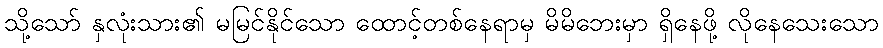
သို့သော် နှလုံးသား၏ မမြင်နိုင်သော ထောင့်တစ်နေရာမှ မိမိဘေးမှာ ရှိနေဖို့ လိုနေသေးသော